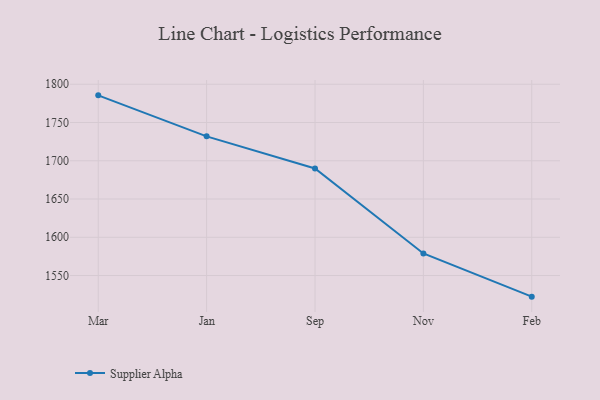
{"axis": {"x": "Month", "y": "Net Income (USD K)"}, "legend": ["Supplier Alpha"], "data": [{"x": "Mar", "y": 1785.5, "type": "Supplier Alpha"}, {"x": "Jan", "y": 1731.9, "type": "Supplier Alpha"}, {"x": "Sep", "y": 1690.0, "type": "Supplier Alpha"}, {"x": "Nov", "y": 1578.9, "type": "Supplier Alpha"}, {"x": "Feb", "y": 1522.4, "type": "Supplier Alpha"}]}